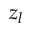
z _ { l }